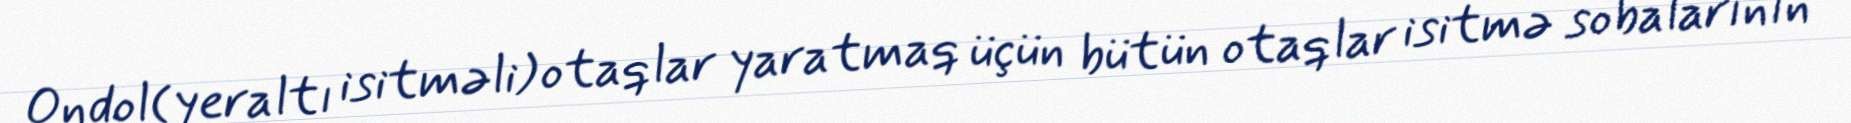
Ondol(yeraltı isitməli) otaqlar yaratmaq üçün bütün otaqlar isitmə sobalarının